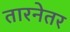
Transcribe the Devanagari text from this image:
तारनेतर